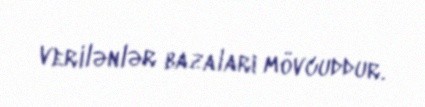
verilənlər bazaları mövcuddur.